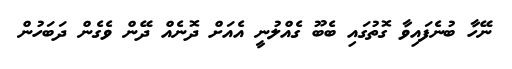
ނޭހާ ބުނެފައިވާ ގޮތުގައި ބެބޫ ގެއްލުނީ އެއަށް ދޮނެއް ދޭން ވެގެން ދަބަހުން